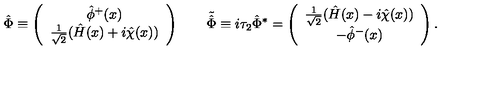
\hat { \Phi } \equiv \left( \begin{array} { c } { \hat { \phi } ^ { + } ( x ) } \\ { \frac 1 { \sqrt 2 } ( \hat { H } ( x ) + i \hat { \chi } ( x ) ) } \\ \end{array} \right) \qquad \tilde { \hat { \Phi } } \equiv i \tau _ { 2 } { \hat { \Phi } } ^ { * } = \left( \begin{array} { c } { \frac 1 { \sqrt 2 } ( \hat { H } ( x ) - i \hat { \chi } ( x ) ) } \\ { - \hat { \phi } ^ { - } ( x ) } \\ \end{array} \right) \/ .